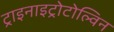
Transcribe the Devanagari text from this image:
ट्राइनाइट्रोटोल्विन